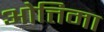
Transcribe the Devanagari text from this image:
ओत्तिमा